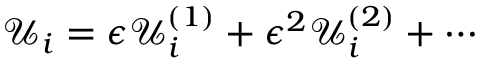
\mathcal { U } _ { i } = \epsilon \mathcal { U } _ { i } ^ { ( 1 ) } + \epsilon ^ { 2 } \mathcal { U } _ { i } ^ { ( 2 ) } + \cdots